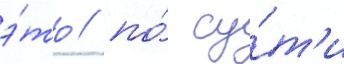
э́то / по́ су́т'и